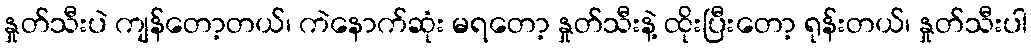
နှုတ်သီးပဲ ကျန်တော့တယ်၊ ကဲနောက်ဆုံး မရတော့ နှုတ်သီးနဲ့ ထိုးပြီးတော့ ရုန်းတယ်၊ နှုတ်သီးပါ